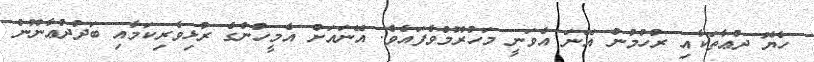
ހެޔޮ ދުޢާތަކާއި ރުހުމުން އޭނަ އެވަނީ މަހުރޫމްވެފައެވެ. އޭނައަށް އެމީހުންގެ ރުޅިވެރިކަމާއި ބަދުދުޢާނޫން